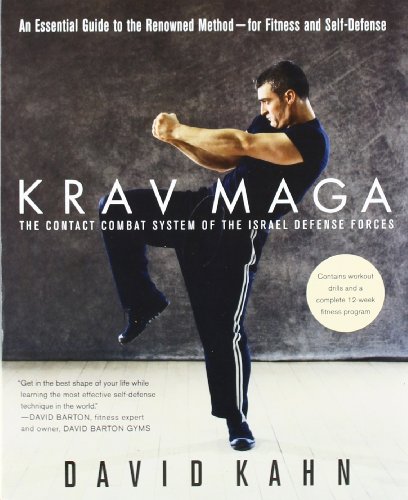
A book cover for Krav Maga: An Essential Guide to the Renowned Method--for Fitness and Self-Defense; David Kahn; Health, Fitness & Dieting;